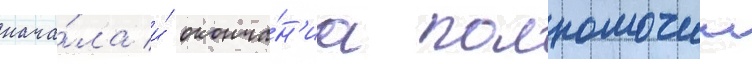
нача́ла и́ оконча́н'иа полномочии